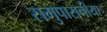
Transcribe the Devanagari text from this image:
समुपासनीया